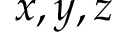
x , y , z